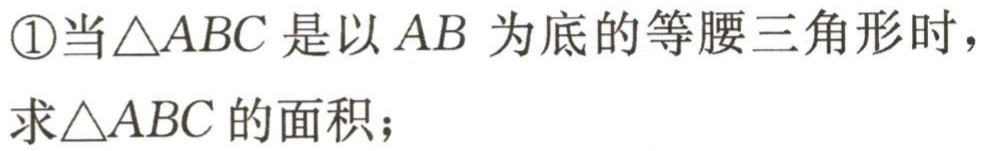
\textcircled{1}当\(\triangle ABC\)是以\(AB\)为底的等腰三角形时，求\(\triangle ABC\)的面积；